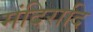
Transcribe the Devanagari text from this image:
मंदिरादि